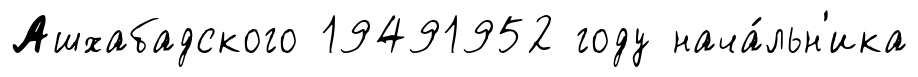
Ашхабадского 19491952 году нача́льн'ика